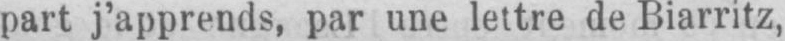
part j’apprends, par une lettre de Biarritz,